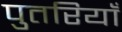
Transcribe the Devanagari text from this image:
पुतरियाँ